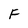
Character: F